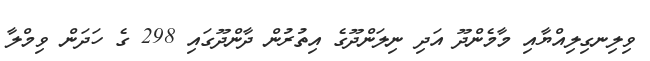
ވިލިނގިލިއްޔާއި މާމެންދޫ އަދި ނިލަންދޫގެ އިތުރުން ދާންދޫގައި 298 ގެ ހަދަން ވިމްލާ